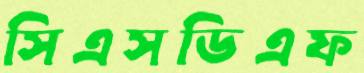
সিএসডিএফ